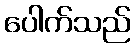
ပေါက်သည်